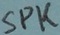
Text: SPK